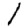
Digit: 1